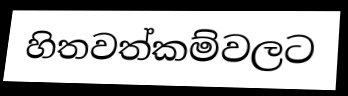
හිතවත්කම්වලට